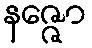
နဇ္ဇော